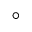
^ \circ